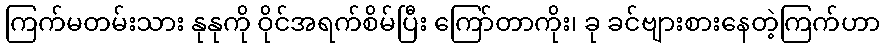
ကြက်မတမ်းသား နုနုကို ဝိုင်အရက်စိမ်ပြီး ကြော်တာကိုး၊ ခု ခင်ဗျားစားနေတဲ့ကြက်ဟာ